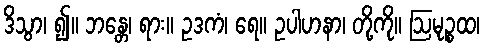
ဒိသွာ၊ ၍။ ဘန္တေ၊ ရား။ ဥဒကံ၊ ရေ။ ဥပါဟနာ၊ တို့ကို။ ဩမုဉ္စထ၊